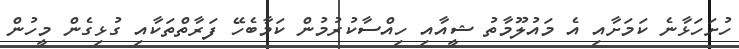
ހުށަހަޅާނެ ކަމަށާއި އެ މައުލޫމާތު ޝީއާއި ހިއްސާކުރުމުން ކަމާބެހޭ ފަރާތްތަކާއި ގުޅިގެން މީހުން